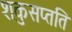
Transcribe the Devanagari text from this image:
शकुसप्तति